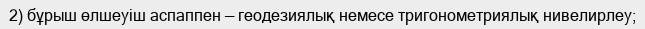
2) бұрыш өлшеуіш аспаппен — геодезиялық немесе тригонометриялық нивелирлеу;